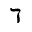
\daleth